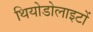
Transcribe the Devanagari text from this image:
थियोडोलाइटों